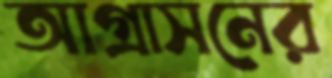
আগ্রাসনের